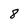
Character: 8